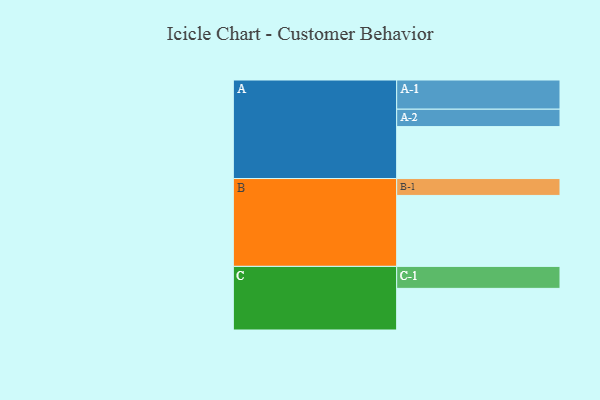
{"axis": {"x": "Segment", "y": "Value"}, "legend": ["", "A", "B", "C"], "data": [{"x": "A", "y": 418, "type": ""}, {"x": "B", "y": 571, "type": ""}, {"x": "C", "y": 335, "type": ""}, {"x": "A-1", "y": 235, "type": "A"}, {"x": "A-2", "y": 140, "type": "A"}, {"x": "B-1", "y": 136, "type": "B"}, {"x": "C-1", "y": 177, "type": "C"}]}